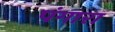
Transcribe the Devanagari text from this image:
पंगारा